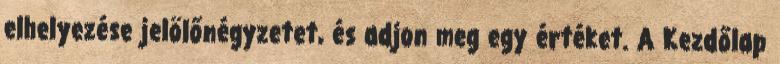
elhelyezése jelölőnégyzetet, és adjon meg egy értéket. A Kezdőlap